Leprosy in India: report of the Leprosy Commission in India, 1890-91
Year: 1890
Disease focus: Leprosy
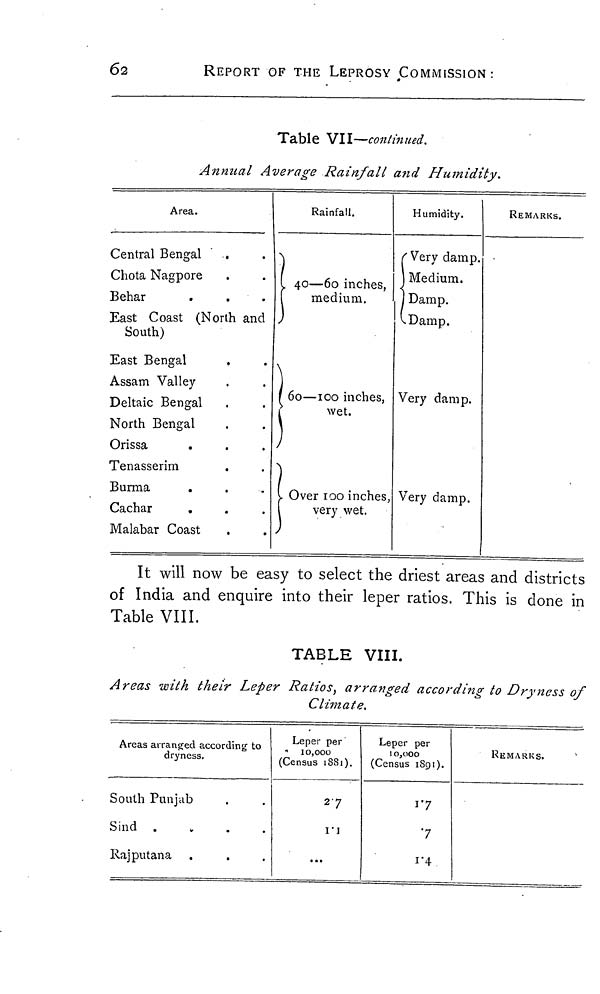
62
REPORT OF THE LEPROSY COMMISSION:
Table VII—continued.
Annual Average Rainfall and Humidity.
Area.
Central Bengal
Chota Nagpore
Behar
East Coast (North and
South)
East Bengal
Assam Valley
Deltaic Bengal
North Bengal
Orissa
Tenasserim
Burma
Cachar
.
Malabar Coast
Rainfall.
40—60 inches,
medium.
\
60—100 inches,
wet.
Over 100 inches,
very wet.
Humidity.
' Very damp.
Medium.
Damp.
Damp.
Very damp.
Very damp.
REMARKS.
It will now be easy to select the driest areas and districts
of India and enquire into their leper ratios. This is done in
Table VIII.
TABLE VIII.
Areas with their Leper Ratios, arranged according to Dryness of
Climate,
Areas arranged according to
dryness.
South Punjab
Sind
Rajputana
Leper per
10,000
(Census 1881).
27
...
Leper per
10,000
(Census 1891).
7
1.4
REMARKS.